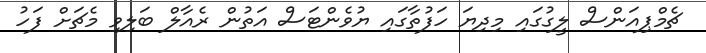
ޗެމްޕިއަންސް ލީގުގައި މިދިޔަ ހަފުތާގައި ޔުވެންޓަސް އަތުން ރެއާލް ބަލިވި މެޗަށް ފަހު